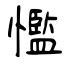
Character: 懢